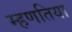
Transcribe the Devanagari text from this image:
म्हणतिया